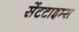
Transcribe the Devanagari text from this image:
सेंटटाइम्स